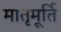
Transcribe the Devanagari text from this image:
मातृमूर्ति